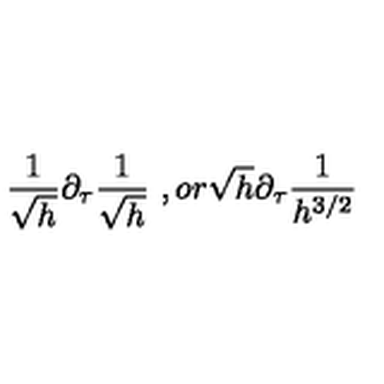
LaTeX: \frac { 1 } { \sqrt { h } } \partial _ { \tau } \frac { 1 } { \sqrt { h } } \ , o r \sqrt { h } \partial _ { \tau } \frac { 1 } { h ^ { 3 / 2 } }